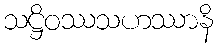
သဋ္ဌိဝဿသဟဿာနိ